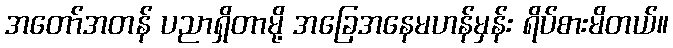
အတော်အတန် ပညာရှိတာမို့ အခြေအနေမဟန်မှန်း ရိပ်စားမိတယ်။